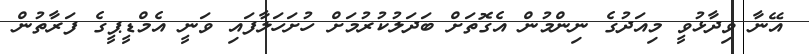
އޭނާ ވިދާޅުވީ މިއަދުގެ ނިންމުން އެގޮތަށް ބަދަަލުކުރުމަށް ހުށަހަލާފައި ވަނީ އެމްޑީޕީގެ ފަރާތުން